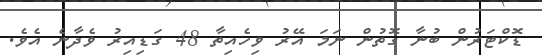
ޑޮކްޓަރުން ބުނާ ގޮތުން ނަމަ އޭރު ވިހެއިތާ 48 ގަޑިއިރު ވެދާނެ އެވެ.